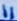
Text: 11